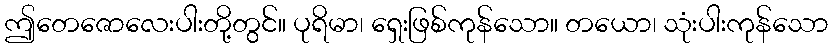
ဤတေဇောလေးပါးတို့တွင်။ ပုရိမာ၊ ရှေးဖြစ်ကုန်သော။ တယော၊ သုံးပါးကုန်သော